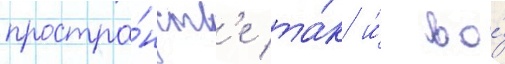
простра́нств'е та́к и́ во́